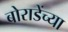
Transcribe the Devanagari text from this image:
बोराडेंच्या